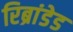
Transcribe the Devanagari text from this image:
रिब्रांडेड